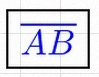
\overline{AB}